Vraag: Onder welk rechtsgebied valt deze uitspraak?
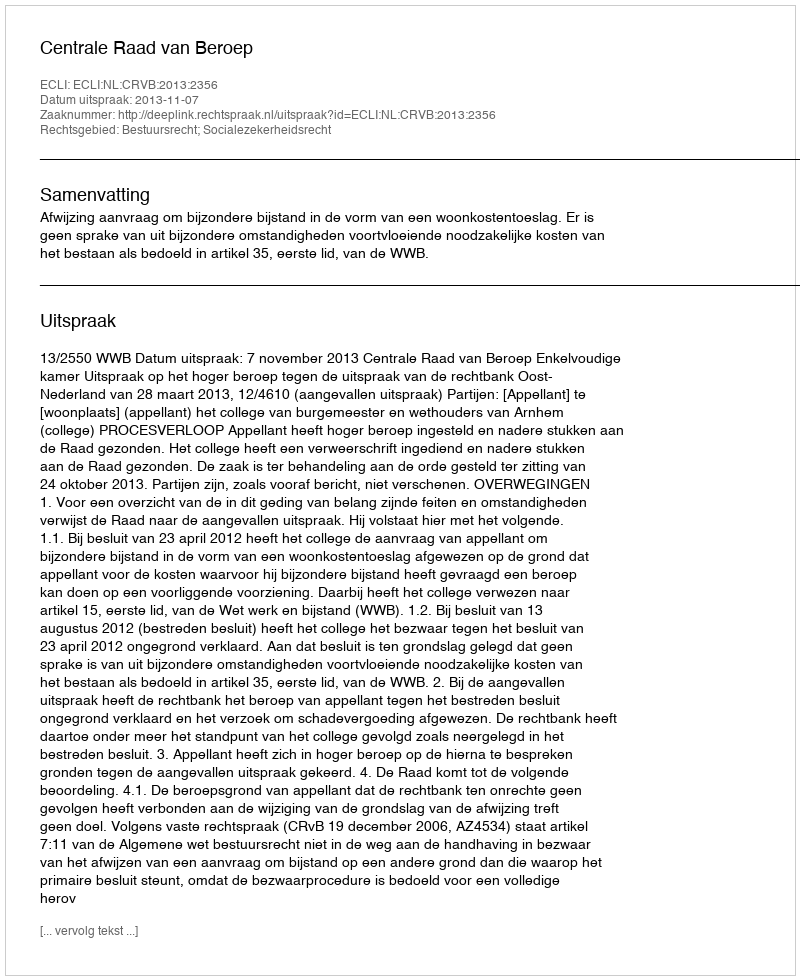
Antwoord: Bestuursrecht; Socialezekerheidsrecht